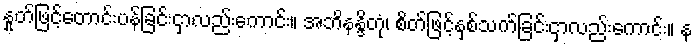
နှုတ်ဖြင့်တောင်းပန်ခြင်းငှာလည်းကောင်း။ အဘိနန္ဒိတုံ၊ စိတ်ဖြင့်နှစ်သက်ခြင်းငှာလည်းကောင်း။ န